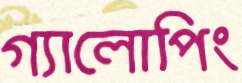
গ্যালোপিং